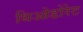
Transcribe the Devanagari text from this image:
थिओडोरेट